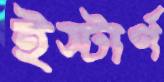
ইস্টার্ণ